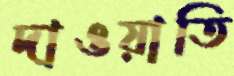
দাওয়াতি